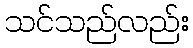
သင်သည်လည်း